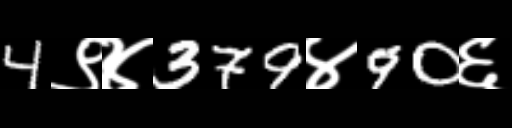
Text: 4९४379४90६